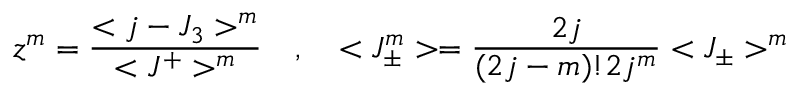
z ^ { m } = \frac { < j - J _ { 3 } > ^ { m } } { < J ^ { + } > ^ { m } } \quad , \quad < J _ { \pm } ^ { m } > = \frac { 2 j } { ( 2 j - m ) ! 2 j ^ { m } } < J _ { \pm } > ^ { m }